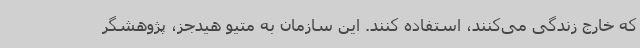
که خارج زندگی می‌کنند، استفاده کنند. این سازمان به متیو هیدجز، پژوهشگر